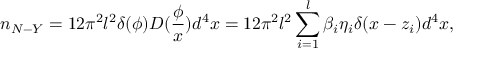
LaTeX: n _ { N - Y } = 1 2 \pi ^ { 2 } l ^ { 2 } \delta ( \phi ) D ( \frac \phi x ) d ^ { 4 } x = 1 2 \pi ^ { 2 } l ^ { 2 } \sum _ { i = 1 } ^ { l } \beta _ { i } \eta _ { i } \delta ( x - z _ { i } ) d ^ { 4 } x ,